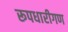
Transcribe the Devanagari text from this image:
रूपधारीगण